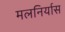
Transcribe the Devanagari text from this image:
मलनिर्यास